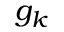
g _ { k }